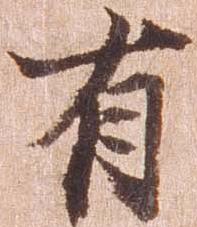
有